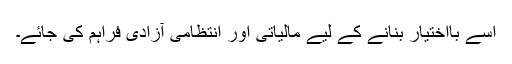
اسے بااختیار بنانے کے لیے مالیاتی اور انتظامی آزادی فراہم کی جائے۔